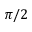
\pi / 2